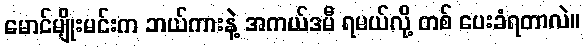
မောင်မျိုးမင်းက ဘယ်ကားနဲ့ အကယ်ဒမီ ရမယ်လို့ တစ် ပေးခံရတာလဲ။